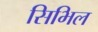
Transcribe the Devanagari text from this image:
सिभिल